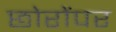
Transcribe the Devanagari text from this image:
छोरोंपर